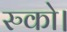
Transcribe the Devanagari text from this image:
रुको।